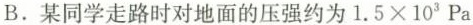
B.某同学走路时对地面的压强约为 $$1 . 5 \times 1 0 ^ { 3 } P a$$